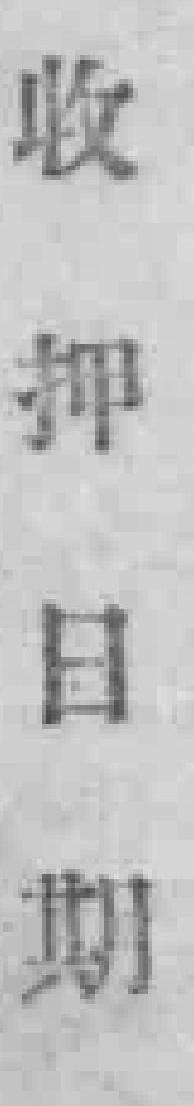
收押日期